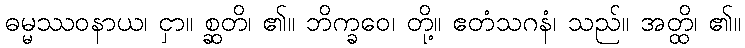
ဓမ္မဿဝနာယ၊ ငှာ။ စ္ဆတိ၊ ၏။ ဘိက္ခဝေ၊ တို့။ ဧတံသဂနံ၊ သည်။ အတ္ထိ၊ ၏။